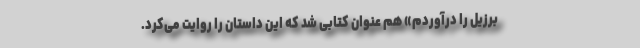
برزیل را درآوردم» هم عنوان کتابی شد که این داستان را روایت می‌کرد.